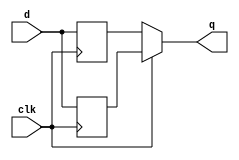
module top_module (
    input clk,
    input d,
    output q
);
    wire qu;
    wire qd;
    
    always @ (posedge clk) 
        qu = d;
    
    always @ (negedge clk) 
        qd = d;

    assign q = clk ? qu : qd;

endmodule